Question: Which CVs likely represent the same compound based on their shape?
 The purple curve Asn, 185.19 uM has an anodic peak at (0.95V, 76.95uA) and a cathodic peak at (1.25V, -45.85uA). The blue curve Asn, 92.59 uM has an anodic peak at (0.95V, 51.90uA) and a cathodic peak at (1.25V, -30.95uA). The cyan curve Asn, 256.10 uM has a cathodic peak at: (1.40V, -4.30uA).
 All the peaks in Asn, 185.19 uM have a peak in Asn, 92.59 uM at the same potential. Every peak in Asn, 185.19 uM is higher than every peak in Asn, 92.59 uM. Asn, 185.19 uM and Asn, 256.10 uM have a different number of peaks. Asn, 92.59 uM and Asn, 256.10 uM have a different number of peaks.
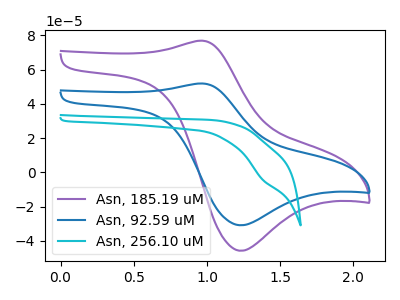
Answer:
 <answer>"Asn, 92.59 uM" and "Asn, 185.19 uM" have the same shape and are likely CV's of the same chemical.</answer>
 <eval>"Asn, 92.59 uM" "Asn, 185.19 uM"</eval>